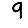
Digit: 9